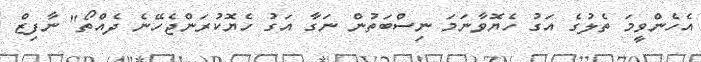
އެހެންވީމަ ތެލުގެ އަގު ހެޔޮވާނަމަ ނިސްބަތުން ނަގާ އަގު ހެޔޮކުރަންޖެހޭނެ ދެއްތޯ" ނާފިޒް